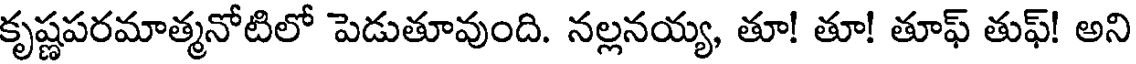
కృష్ణపరమాత్మనోటిలో పెడుతూవుంది. నల్లనయ్య, తూ! తూ! తూఫ్ తుఫ్! అని